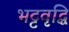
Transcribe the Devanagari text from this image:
भट्टवृद्धि